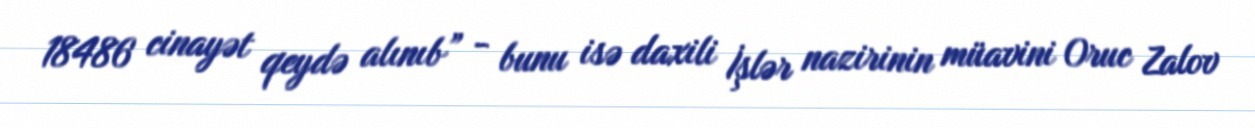
18486 cinayət qeydə alınıb” - bunu isə daxili İşlər nazirinin müavini Oruc Zalov